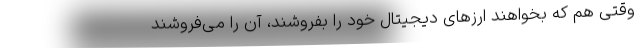
وقتی هم که بخواهند ارزهای دیجیتال خود را بفروشند، آن را می‌فروشند